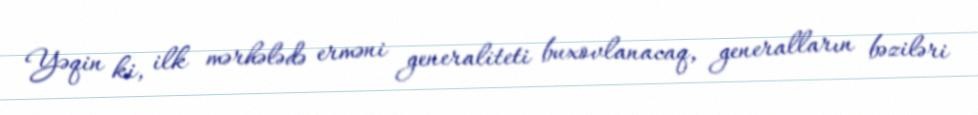
Yəqin ki, ilk mərhələdə erməni generaliteti buxovlanacaq, generalların bəziləri